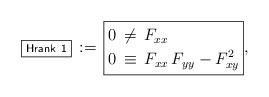
LaTeX: \begin{align*}\boxed{\scriptstyle\sf Hrank~1}\,:=\,\boxed{\aligned0&\,\neq\,F_{xx}\\0&\,\equiv\,F_{xx}\,F_{yy}-F_{xy}^2\endaligned},\end{align*}